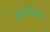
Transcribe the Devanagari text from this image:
कलावंतांसह